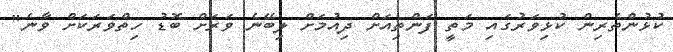
ކުޅުންތެރިން ކުޅިވަރުގައި މަތީ ފަންތިއަށް ދިއުމަށް ލިބޭނެ ވަރަށް ބޮޑު ހިތްވަރަކަށް ވާނެ"